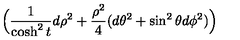
\Big ( { \frac { 1 } { \cosh ^ { 2 } t } } d \rho ^ { 2 } + { \frac { \rho ^ { 2 } } { 4 } } ( d \theta ^ { 2 } + \sin ^ { 2 } \theta d \phi ^ { 2 } ) \Big )